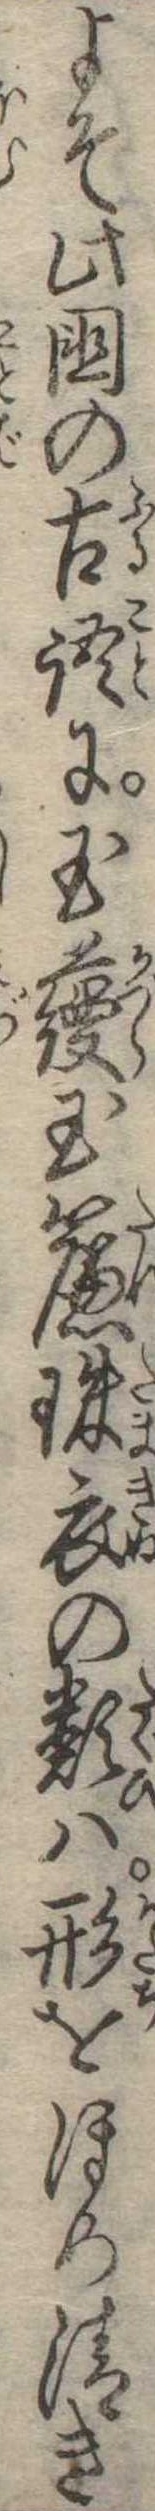
よそ此国の古詞に玉蘰玉簾珠衣の類は形をほめ清き